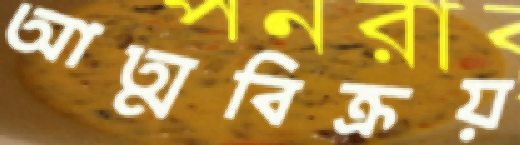
আত্মবিক্রয়